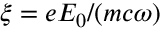
\xi = e E _ { 0 } / ( m c \omega )